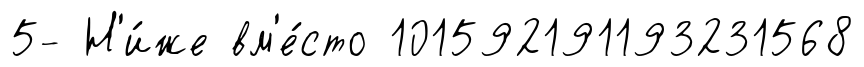
5- Н'и́же вм'е́сто 101592191193231568